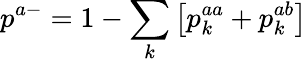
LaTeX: p^{a-}=1-\sum_{k}\left[p_{k}^{aa}+p_{k}^{ab}\right]